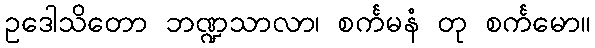
ဥဒေါသိတော ဘဏ္ဍသာလာ၊ စင်္ကမနံ တု စင်္ကမော။